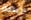
رخيصة